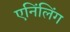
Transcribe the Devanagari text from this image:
एनिंलिंग